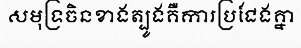
សមុទ្រចិនខាងត្បូងគឺការប្រជែងគ្នា